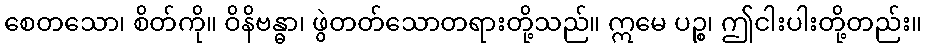
စေတသော၊ စိတ်ကို။ ဝိနိဗန္ဓာ၊ ဖွဲတတ်သောတရားတို့သည်။ ဣမေ ပဉ္စ၊ ဤငါးပါးတို့တည်း။